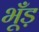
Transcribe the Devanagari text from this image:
भूँड़